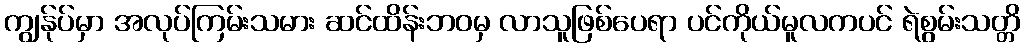
ကျွန်ုပ်မှာ အလုပ်ကြမ်းသမား ဆင်ထိန်းဘဝမှ လာသူဖြစ်ပေရာ ပင်ကိုယ်မူလကပင် ရဲစွမ်းသတ္တိ